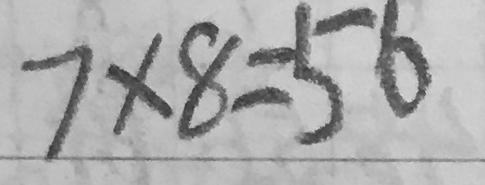
7 \times 8 = 5 6